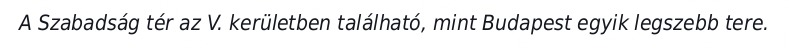
A Szabadság tér az V. kerületben található, mint Budapest egyik legszebb tere.